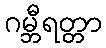
ဂမ္ဘီရတ္တာ